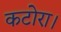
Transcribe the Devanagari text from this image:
कटोरा।